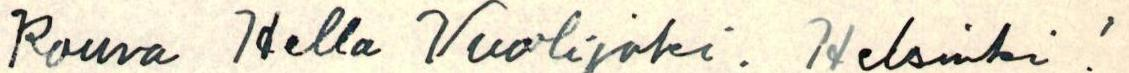
Rouva Hella Vuolijoki. Helsinki !